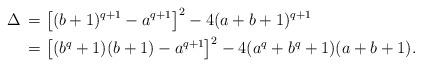
LaTeX: \begin{align*}\Delta\,&=\bigl[(b+1)^{q+1}-a^{q+1}\bigr]^2-4(a+b+1)^{q+1}\cr&=\bigl[(b^q+1)(b+1)-a^{q+1}\bigr]^2-4(a^q+b^q+1)(a+b+1).\end{align*}